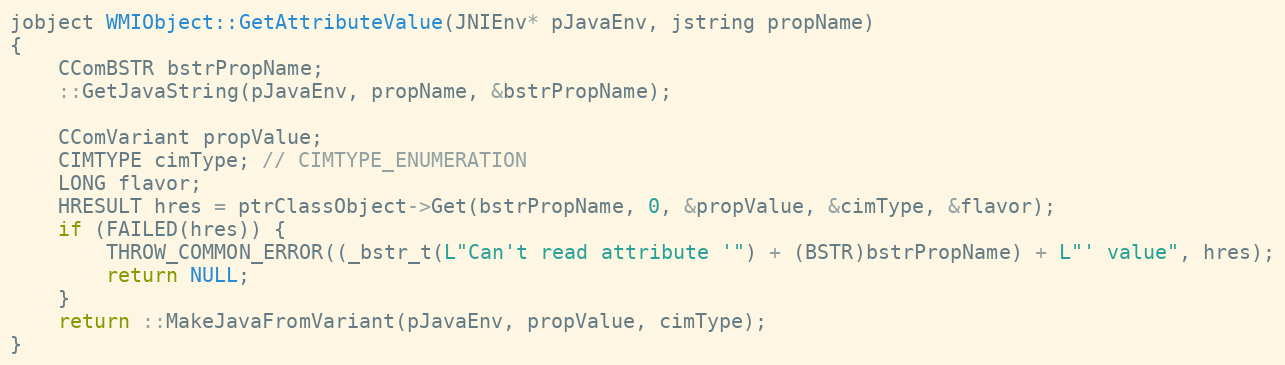
Language: C++
jobject WMIObject::GetAttributeValue(JNIEnv* pJavaEnv, jstring propName)
{
	CComBSTR bstrPropName;
	::GetJavaString(pJavaEnv, propName, &bstrPropName);

	CComVariant propValue;
	CIMTYPE cimType; // CIMTYPE_ENUMERATION
	LONG flavor;
	HRESULT hres = ptrClassObject->Get(bstrPropName, 0, &propValue, &cimType, &flavor);
	if (FAILED(hres)) {
		THROW_COMMON_ERROR((_bstr_t(L"Can't read attribute '") + (BSTR)bstrPropName) + L"' value", hres);
		return NULL;
	}
	return ::MakeJavaFromVariant(pJavaEnv, propValue, cimType);
}